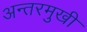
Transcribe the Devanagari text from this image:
अन्तरमुखी